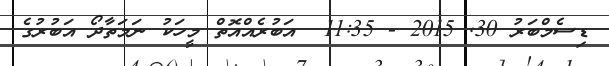
ޑިސެމްބަރު 30